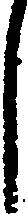
し